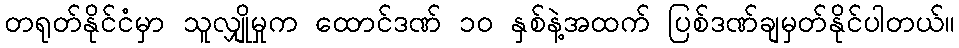
တရုတ်နိုင်ငံမှာ သူလျှိုမှုက ထောင်ဒဏ် ၁၀ နှစ်နဲ့အထက် ပြစ်ဒဏ်ချမှတ်နိုင်ပါတယ်။